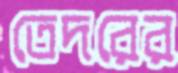
তেদরের